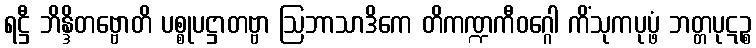
ရဋ္ဌီ ဘိန္ဒိတဗ္ဗောတိ ပစ္စုပဋ္ဌာတဗ္ဗာ ဩဘာသာဒိကေ တိကဏ္ဍကီဝဂ္ဂေါ ကိံသုကပုပ္ဖံ ဘတ္တပုဋဉ္စ